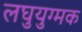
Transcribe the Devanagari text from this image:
लघुयुग्मक